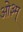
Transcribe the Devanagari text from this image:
आे३म्